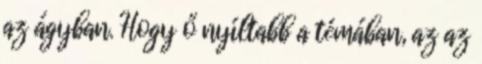
az ágyban. Hogy ő nyíltabb a témában, az az